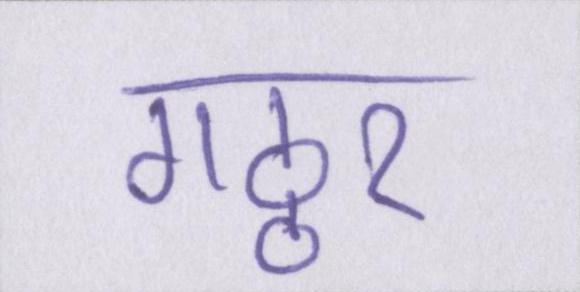
गठ्ठर